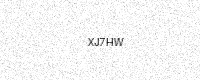
Text: XJ7HW